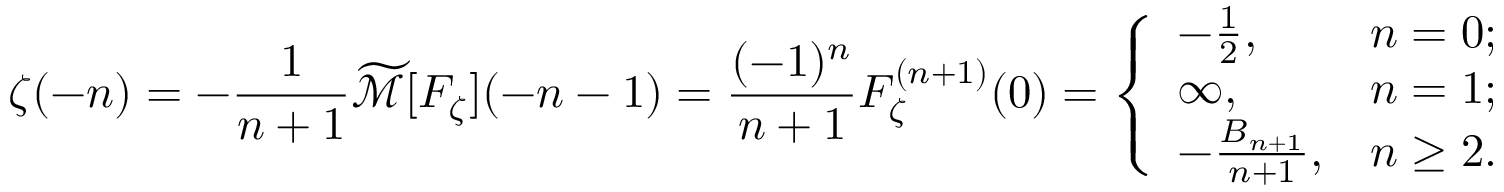
\zeta ( - n ) = - { \frac { 1 } { n + 1 } } { \widetilde { \mathcal { M } } } [ F _ { \zeta } ] ( - n - 1 ) = { \frac { ( - 1 ) ^ { n } } { n + 1 } } F _ { \zeta } ^ { ( n + 1 ) } ( 0 ) = { \left\{ \begin{array} { l l } { - { \frac { 1 } { 2 } } , } & { n = 0 ; } \\ { \infty , } & { n = 1 ; } \\ { - { \frac { B _ { n + 1 } } { n + 1 } } , } & { n \geq 2 . } \end{array} \right. }